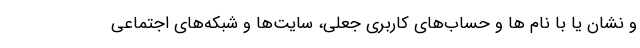
و نشان یا با نام ها و حساب‌های کاربری جعلی، سایت‌ها و شبکه‌های اجتماعی